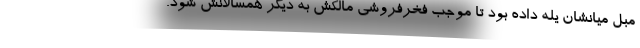
مبل میانشان یله داده بود تا موجب فخرفروشی مالکش به دیگر همسالانش شود.